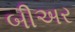
બીઅર